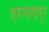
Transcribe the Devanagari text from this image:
हरनाथपुर